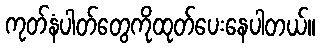
ကုတ်နံပါတ်တွေကိုထုတ်ပေးနေပါတယ်။